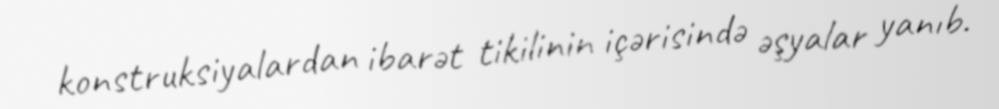
konstruksiyalardan ibarət tikilinin içərisində əşyalar yanıb.